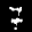
Label: 7